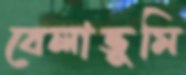
বেলাভূমি